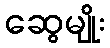
ဆွေမျိုး